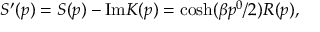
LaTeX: S ^ { \prime } ( p ) = S ( p ) - \mathrm { I m } K ( p ) = \cosh ( \beta p ^ { 0 } / 2 ) R ( p ) ,